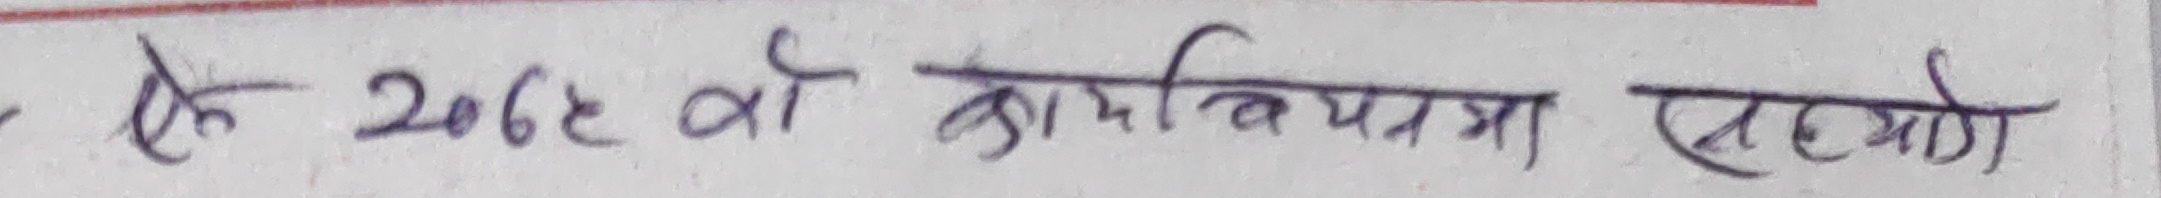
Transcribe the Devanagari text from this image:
के २०६८ का कार्यविधिमा सहयोग